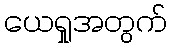
ယေရှုအတွက်